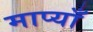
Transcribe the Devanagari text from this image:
माप्याँ